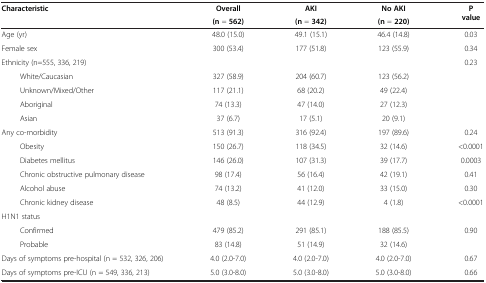
| <ROWSPAN=2> Characteristic | Overall | AKI | No AKI | <ROWSPAN=2> P value |
 | (n = 562) | (n = 342) | (n = 220) |
 | --- | --- | --- | --- | --- |
 | Age (yr) | 48.0 (15.0) | 49.1 (15.1) | 46.4 (14.8) | 0.03 |
 | Female sex | 300 (53.4) | 177 (51.8) | 123 (55.9) | 0.34 |
 | Ethnicity (n=555, 336, 219) |  |  |  | 0.23 |
 | White/Caucasian | 327 (58.9) | 204 (60.7) | 123 (56.2) |  |
 | Unknown/Mixed/Other | 117 (21.1) | 68 (20.2) | 49 (22.4) |  |
 | Aboriginal | 74 (13.3) | 47 (14.0) | 27 (12.3) |  |
 | Asian | 37 (6.7) | 17 (5.1) | 20 (9.1) |  |
 | Any co-morbidity | 513 (91.3) | 316 (92.4) | 197 (89.6) | 0.24 |
 | Obesity | 150 (26.7) | 118 (34.5) | 32 (14.6) | <0.0001 |
 | Diabetes mellitus | 146 (26.0) | 107 (31.3) | 39 (17.7) | 0.0003 |
 | Chronic obstructive pulmonary disease | 98 (17.4) | 56 (16.4) | 42 (19.1) | 0.41 |
 | Alcohol abuse | 74 (13.2) | 41 (12.0) | 33 (15.0) | 0.30 |
 | Chronic kidney disease | 48 (8.5) | 44 (12.9) | 4 (1.8) | <0.0001 |
 | <COLSPAN=5> H1N1 status |
 | Confirmed | 479 (85.2) | 291 (85.1) | 188 (85.5) | <ROWSPAN=2> 0.90 |
 | Probable | 83 (14.8) | 51 (14.9) | 32 (14.6) |
 | Days of symptoms pre-hospital (n = 532, 326, 206) | 4.0 (2.0-7.0) | 4.0 (2.0-7.0) | 4.0 (2.0-7.0) | 0.67 |
 | Days of symptoms pre-ICU (n = 549, 336, 213) | 5.0 (3.0-8.0) | 5.0 (3.0-8.0) | 5.0 (3.0-8.0) | 0.66 |